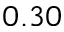
0 . 3 0